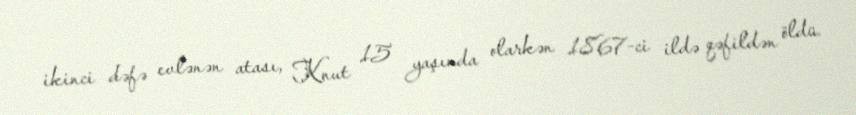
ikinci dəfə evlənən atası, Knut 15 yaşında olarkən 1867-ci ildə qəfildən öldü.